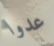
عدوا